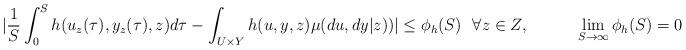
LaTeX: \begin{align*} | \frac{1}{S}\int_0^S h(u_{z}(\tau),y_{z}(\tau),z)d\tau - \int_{U\times Y}h(u,y,z)\mu(du,dy|z))|\leq \phi_h(S)\ \ \forall z\in Z, \ \ \ \ \ \ \ \ \ \lim_{S\rightarrow\infty}\phi_h(S)=0\end{align*}